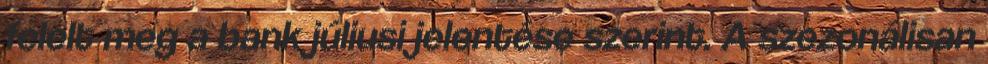
felelt meg a bank júliusi jelentése szerint. A szezonálisan